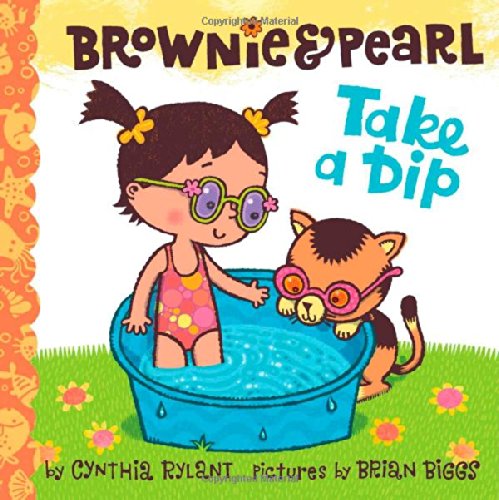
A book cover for Brownie & Pearl Take a Dip; Cynthia Rylant; Children's Books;